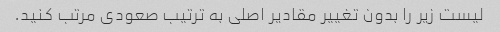
لیست زیر را بدون تغییر مقادیر اصلی به ترتیب صعودی مرتب کنید.